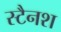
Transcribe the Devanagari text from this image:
स्टैनश